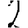
Digit: 2